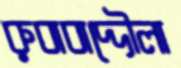
রুবাবাদ্দৌলা